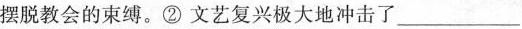
摆脱教会的束缚。②文艺复兴极大地冲击了___